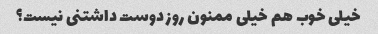
خیلی خوب هم خیلی ممنون روز دوست داشتنی نیست؟